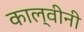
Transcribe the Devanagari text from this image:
काल्वीनी